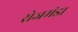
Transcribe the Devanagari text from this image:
रोजमंडा